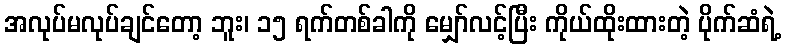
အလုပ်မလုပ်ချင်တော့ ဘူး၊ ၁၅ ရက်တစ်ခါကို မျှော်လင့်ပြီး ကိုယ်ထိုးထားတဲ့ ပိုက်ဆံရဲ့